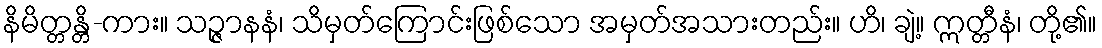
နိမိတ္တန္တိ-ကား။ သဉ္ဇာနနံ၊ သိမှတ်ကြောင်းဖြစ်သော အမှတ်အသားတည်း။ ဟိ၊ ချဲ့။ ဣတ္တီနံ၊ တို့၏။